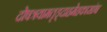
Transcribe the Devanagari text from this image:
दोषत्रयामतृड्दाहमेहकासांश्च